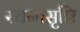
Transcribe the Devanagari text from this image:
रचनासृष्टि